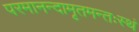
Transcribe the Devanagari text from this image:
परमानन्दामृतमन्तःस्थं